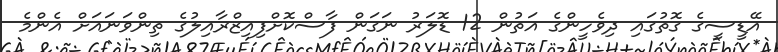
އޭޑީސީގެ ގޮތުގައި ދިވެހީންގެ އަތުން 12 ޑޮލަރު ނަގަން ފާސްކޮށްފިއިޒްރާއިލުގެ ތިންވަނައަށް އެންމެ